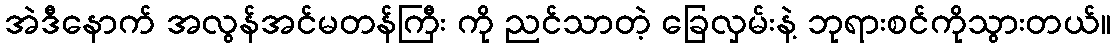
အဲဒီနောက် အလွန်အင်မတန်ကြီး ကို ညင်သာတဲ့ ခြေလှမ်းနဲ့ ဘုရားစင်ကိုသွားတယ်။